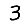
Digit: 3